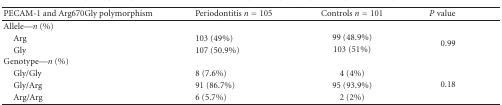
<table><thead><tr><td><b>PECAM-1 and Arg670Gly polymorphism</b></td><td><b>Periodontitis <i>n</i> = 105</b></td><td><b>Controls <i>n</i> = 101</b></td><td><b><i>P</i> value</b></td></tr></thead><tbody><tr><td>Allele—<i>n</i> (%)</td><td></td><td></td><td></td></tr><tr><td> Arg</td><td>103 (49%)</td><td>99 (48.9%)</td><td rowspan="2">0.99</td></tr><tr><td> Gly</td><td>107 (50.9%)</td><td>103 (51%)</td></tr><tr><td>Genotype—<i>n</i> (%)</td><td></td><td></td><td></td></tr><tr><td> Gly/Gly</td><td>8 (7.6%)</td><td>4 (4%)</td><td rowspan="3">0.18</td></tr><tr><td> Gly/Arg</td><td>91 (86.7%)</td><td>95 (93.9%)</td></tr><tr><td> Arg/Arg</td><td>6 (5.7%)</td><td>2 (2%)</td></tr></tbody></table>